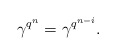
\begin{align*} \gamma^{q^n}=\gamma^{q^{n-i}}. \end{align*}